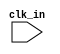
module timing_control_and_sync (
    input wire clk_in,   // Input clock signal
    // Add additional input/output signals as needed

    // Define your internal signals and components here

    // Add your code for generating and distributing clock signals,
    // synchronizing operations, handling timing requirements,
    // error detection and correction, adjusting timing parameters,
    // and other critical functions

);

    // Add your Verilog code for timing control and synchronization here

endmodule